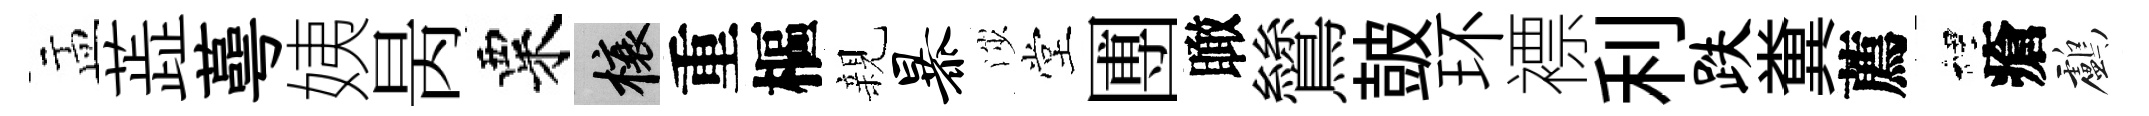
盂蕋蕚姨昺粟榱重樞親暴渉堂圑瞰鷥皷环褾利跌糞薦裡瘡鸕